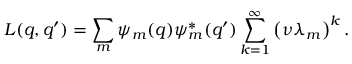
L ( q , q ^ { \prime } ) = \sum _ { m } \psi _ { m } ( q ) \psi _ { m } ^ { * } ( q ^ { \prime } ) \sum _ { k = 1 } ^ { \infty } \left( \nu \lambda _ { m } \right) ^ { k } .